Vaccination in Bombay 1874-1876 - 1874-1876
Year: 1874
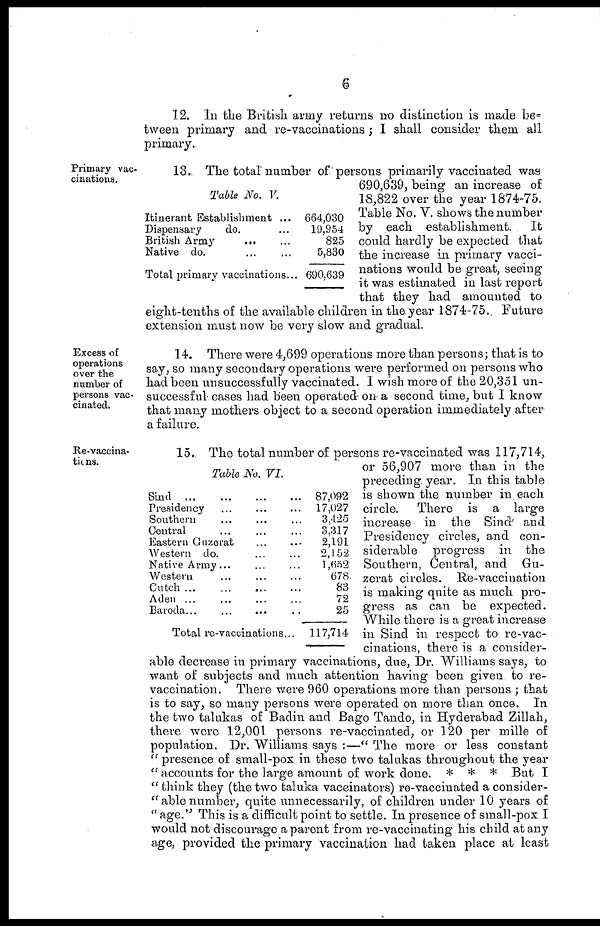
6
12. In the British army returns no distinction is made be¬
tween primary and re-vaccinations ; I shall consider them all
primary.
Primary vac-
cinations.
Table No. V.
Itinerant Establishment ...
Dispensary
do. ...
British Army
...
...
Native do. ... ... ...
Total primary vaccinations...
664,030
19,954
825
5,830
690,639
13. The total number of persons primarily vaccinated was
690,639, being an increase of
18,822 over the year 1874-75.
Table No. V. shows the number
by each establishment.
It
could hardly be expected that
the increase in primary vacci-
nations would be great, seeing
it was estimated in last report
that they had amounted to
eight-tenths of the available children in the year 1874-75. Future
extension must now be very slow and gradual.
Excess of
operations
over the
number of
persons vac-
cinated.
14. There were 4,699 operations more than persons; that is to
say, so many secondary operations were performed on persons who
had been unsuccessfully vaccinated. I wish more of the 20,351 un-
successful cases had been operated on a second time, but I know
that many mothers object to a second operation immediately after
a failure.
Re-vaccina¬
tions.
Table No. VI.
Sind
...
...
...
...
Presidency ... ... ...
Southern ... ... ...
Central ... ... ...
Eastern Guzerat ... ...
Western do. ... ...
Native Army... ... ...
Western ... ... ...
Cutch ...
...
...
...
Aden ... ... ... ...
Baroda... ... ... ...
Total re-vaccinations...
87,092
17,027
3,425
3,317
2,191
2,152
1,652
678
83
72
25
117,714
15. The total number of persons re-vaccinated was 117,714,
or 56,907 more than in the
preceding year. In this table
is shown the number in each
circle. There is a large
increase in the Sind and
Presidency circles, and con-
siderable progress in the
Southern, Central, and Gu¬
zerat circles. Re-vaccination
is making quite as much pro-
gress as can be expected.
While there is a great increase
in Sind in respect to re-vac-
cinations, there is a consider-
able decrease in primary vaccinations, due, Dr. Williams says, to
want of subjects and much attention having been given to re-
vaccination. There were 960 operations more than persons ; that
is to say, so many persons were operated on more than once. In
the two talukas of Badin and Bago Tando, in Hyderabad Zillah,
there were 12,001 persons re-vaccinated, or 120 per mille of
population. Dr. Williams says :—" The more or less constant
" presence of small-pox in these two talukas throughout the year
" accounts for the large amount of work done. * * * But I
" think they (the two taluka vaccinators) re-vaccinated a consider-
-able number, quite unnecessarily, of children under 10 years of
" age." This is a difficult point to settle. In presence of small-pox I
would not discourage a parent from re-vaccinating his child at any
age, provided the primary vaccination had taken place at least